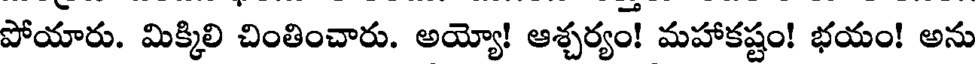
పోయారు. మిక్కిలి చింతించారు. అయ్యో! ఆశ్చర్యం! మహాకష్టం! భయం! అను